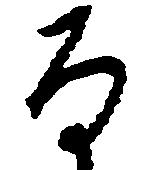
な